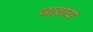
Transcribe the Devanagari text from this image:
व्यवाय